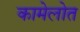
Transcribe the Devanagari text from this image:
कामेलोत